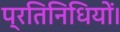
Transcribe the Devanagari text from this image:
प्रतिनिधियों।